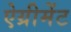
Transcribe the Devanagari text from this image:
ऐग्रीमेंट